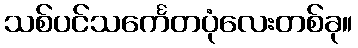
သစ်ပင်သင်္ကေတပုံလေးတစ်ခု။